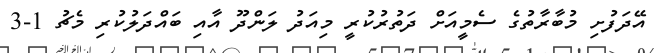
އޭދަފުށި މުބާރާތުގެ ސެމީއަށް ދަތުރުކުރީ މިއަދު ލަންދޫ އާއި ބައްދަލުކުރި މެޗު 1-3